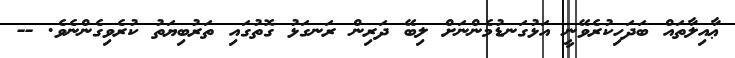
ޢާއިލާތައް ބަދަހިކުރެވޭނީ އަޅުގަނޑުމެންނަށް ލިބޭ ދަރިން ރަނގަޅު ގޮތުގައި ތަރުބިޔަތު ކުރެވިގެންނެވެ. --